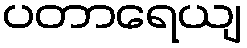
ပတာရေယျ